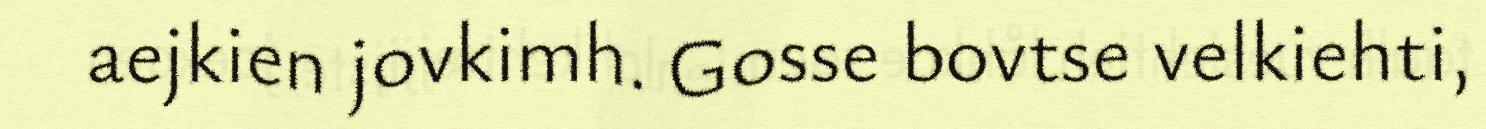
aejkien jovkimh. Gosse bovtse velkiehti,